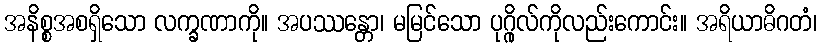
အနိစ္စအစရှိသော လက္ခဏာကို။ အပဿန္တော၊ မမြင်သော ပုဂ္ဂိုလ်ကိုလည်းကောင်း။ အရိယာဓိဂတံ၊